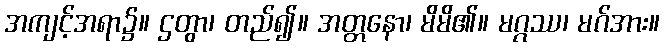
အကျင့်အရာ၌။ ဌတွာ၊ တည်၍။ အတ္တနော၊ မိမိ၏။ မဂ္ဂဿ၊ မဂ်အား။